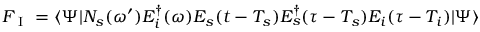
{ \cal F } _ { \mathrm { ~ I ~ } } = \langle \Psi | { \cal N } _ { s } ( \omega ^ { \prime } ) { \cal E } _ { i } ^ { \dagger } ( \omega ) E _ { s } ( t - T _ { s } ) E _ { s } ^ { \dagger } ( \tau - T _ { s } ) E _ { i } ( \tau - T _ { i } ) | \Psi \rangle